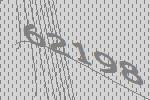
62198